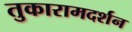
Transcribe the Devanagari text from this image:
तुकारामदर्शन